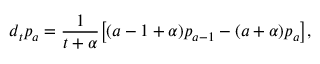
d _ { t } p _ { a } = \frac { 1 } { t + \alpha } \big [ ( a - 1 + \alpha ) p _ { a - 1 } - ( a + \alpha ) p _ { a } \big ] ,